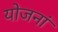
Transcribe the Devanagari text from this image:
योजनां